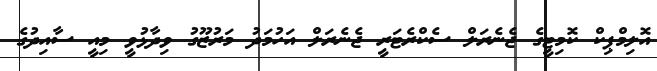
އޮލިމްޕިކް ކޮމިޓީގެ ޖެނެރަލް ސެކްރެޓަރީ ޖެނެރަލް އަހުމަދު މަރުޒޫގު ވިދާޅުވީ މިއީ ސާއިދުގެ